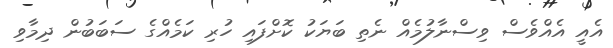
އެއީ އެއްވެސް ވިސްނާލުމެއް ނެތި ބަޔަކު ކޮށްފައި ހުރި ކަމެއްގެ ސަބަބުން ދިމާވި